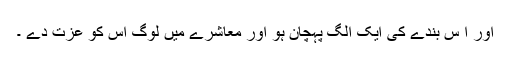
اور اِ س بندے کی ایک الگ پہچان ہو اور معاشرے میں لوگ اِس کو عزت دے ۔